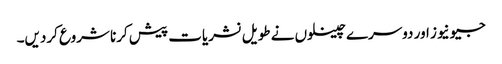
جیونیوز اور دوسرے چینلوں نے طویل نشریات پیش کرنا شروع کردیں۔